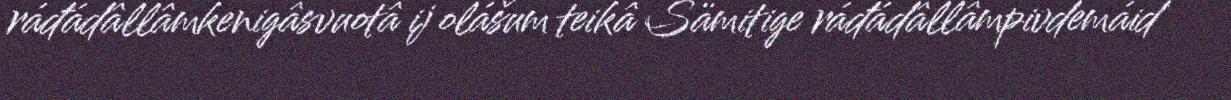
ráđádâllâmkenigâsvuotâ ij olášum teikâ Sämitige ráđádâllâmpivdemáid